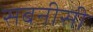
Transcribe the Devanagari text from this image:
सबनीसी